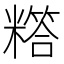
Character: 𬖸